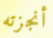
أنجزته